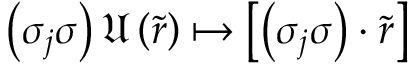
\left( \sigma _ { j } \sigma \right) \mathfrak { U } \left( \tilde { r } \right) \mapsto \left[ \left( \sigma _ { j } \sigma \right) \cdot \tilde { r } \right]